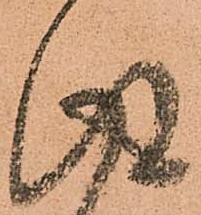
得